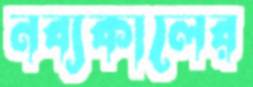
নব্যকালের